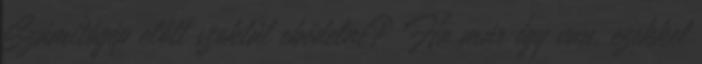
Számítógép előtt szoktál ebédelni? Ha már így van, ezekkel